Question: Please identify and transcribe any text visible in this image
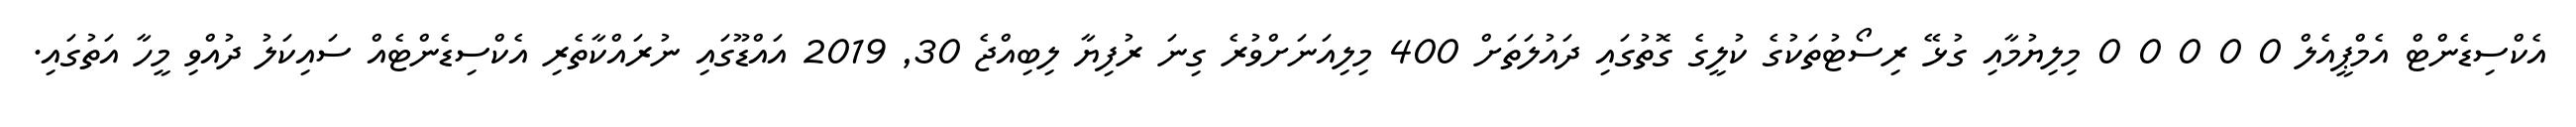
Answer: އެކްސިޑެންޓް އެމްޕީއެލް 0 0 0 0 0 މިލިޔުމާއި ގުޅޭ ރިސޯޓުތަކުގެ ކުލީގެ ގޮތުގައި ދައުލަތަށް 400 މިލިއަނަށްވުރެ ގިނަ ރުފިޔާ ލިބިއްޖެ 30, 2019 އައްޑޫގައި ނުރައްކާތެރި އެކްސިޑެންޓެއް ސައިކަލު ދުއްވި މީހާ އަތުގައި.